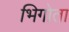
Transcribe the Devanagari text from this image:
भिगोता